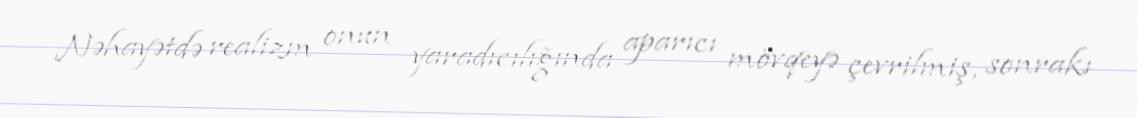
Nəhayətdə realizm onun yaradıcılığında aparıcı mövqeyə çevrilmiş, sonrakı